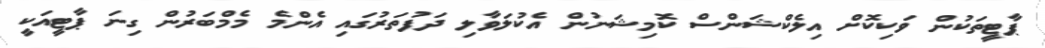
ޕާޓީތަކުން ވަކިކޮށް އިލެކްޝަންސް ކޮމިޝަނުން އެކުލަވާލި ދަފުތަރުގައި އެންމެ މެމްބަރުން ގިނަ ޕާޓީއަކީ